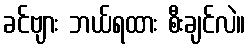
ခင်ဗျား ဘယ်ရထား စီးချင်လဲ။